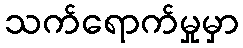
သက်ရောက်မှုမှာ